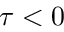
\tau < 0